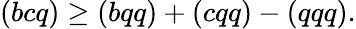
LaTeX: (bcq)\ge(bqq)+(cqq)-(qqq).